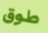
طوق